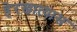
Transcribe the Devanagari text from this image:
हेरखात्यास